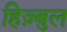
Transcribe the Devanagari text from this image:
हिज़्बुल